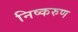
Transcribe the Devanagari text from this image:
निष्करुण